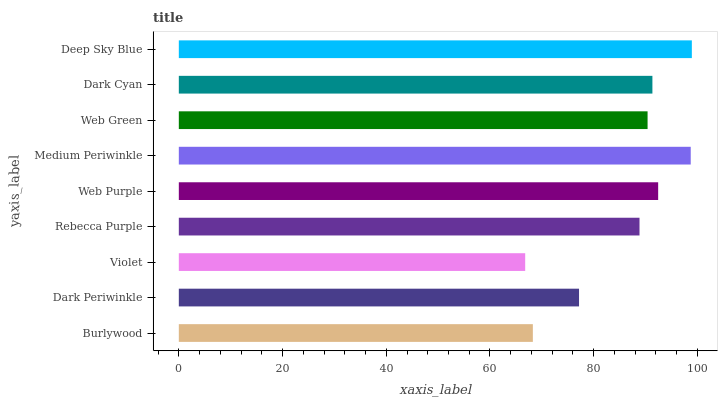
| yaxis_label | bars |
 | --- | --- |
 | Burlywood | 68.3 |
 | Dark Periwinkle | 77.2 |
 | Violet | 66.8 |
 | Rebecca Purple | 88.8 |
 | Web Purple | 92.4 |
 | Medium Periwinkle | 98.7 |
 | Web Green | 90.4 |
 | Dark Cyan | 91.3 |
 | Deep Sky Blue | 98.9 |